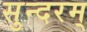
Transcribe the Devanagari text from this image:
सुन्‍दरम्